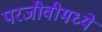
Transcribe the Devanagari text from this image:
परजीवीमध्ये